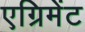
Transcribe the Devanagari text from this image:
एग्रिमेंट